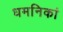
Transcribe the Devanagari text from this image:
धमनिकां